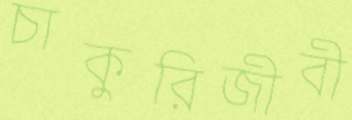
চাকুরিজীবী